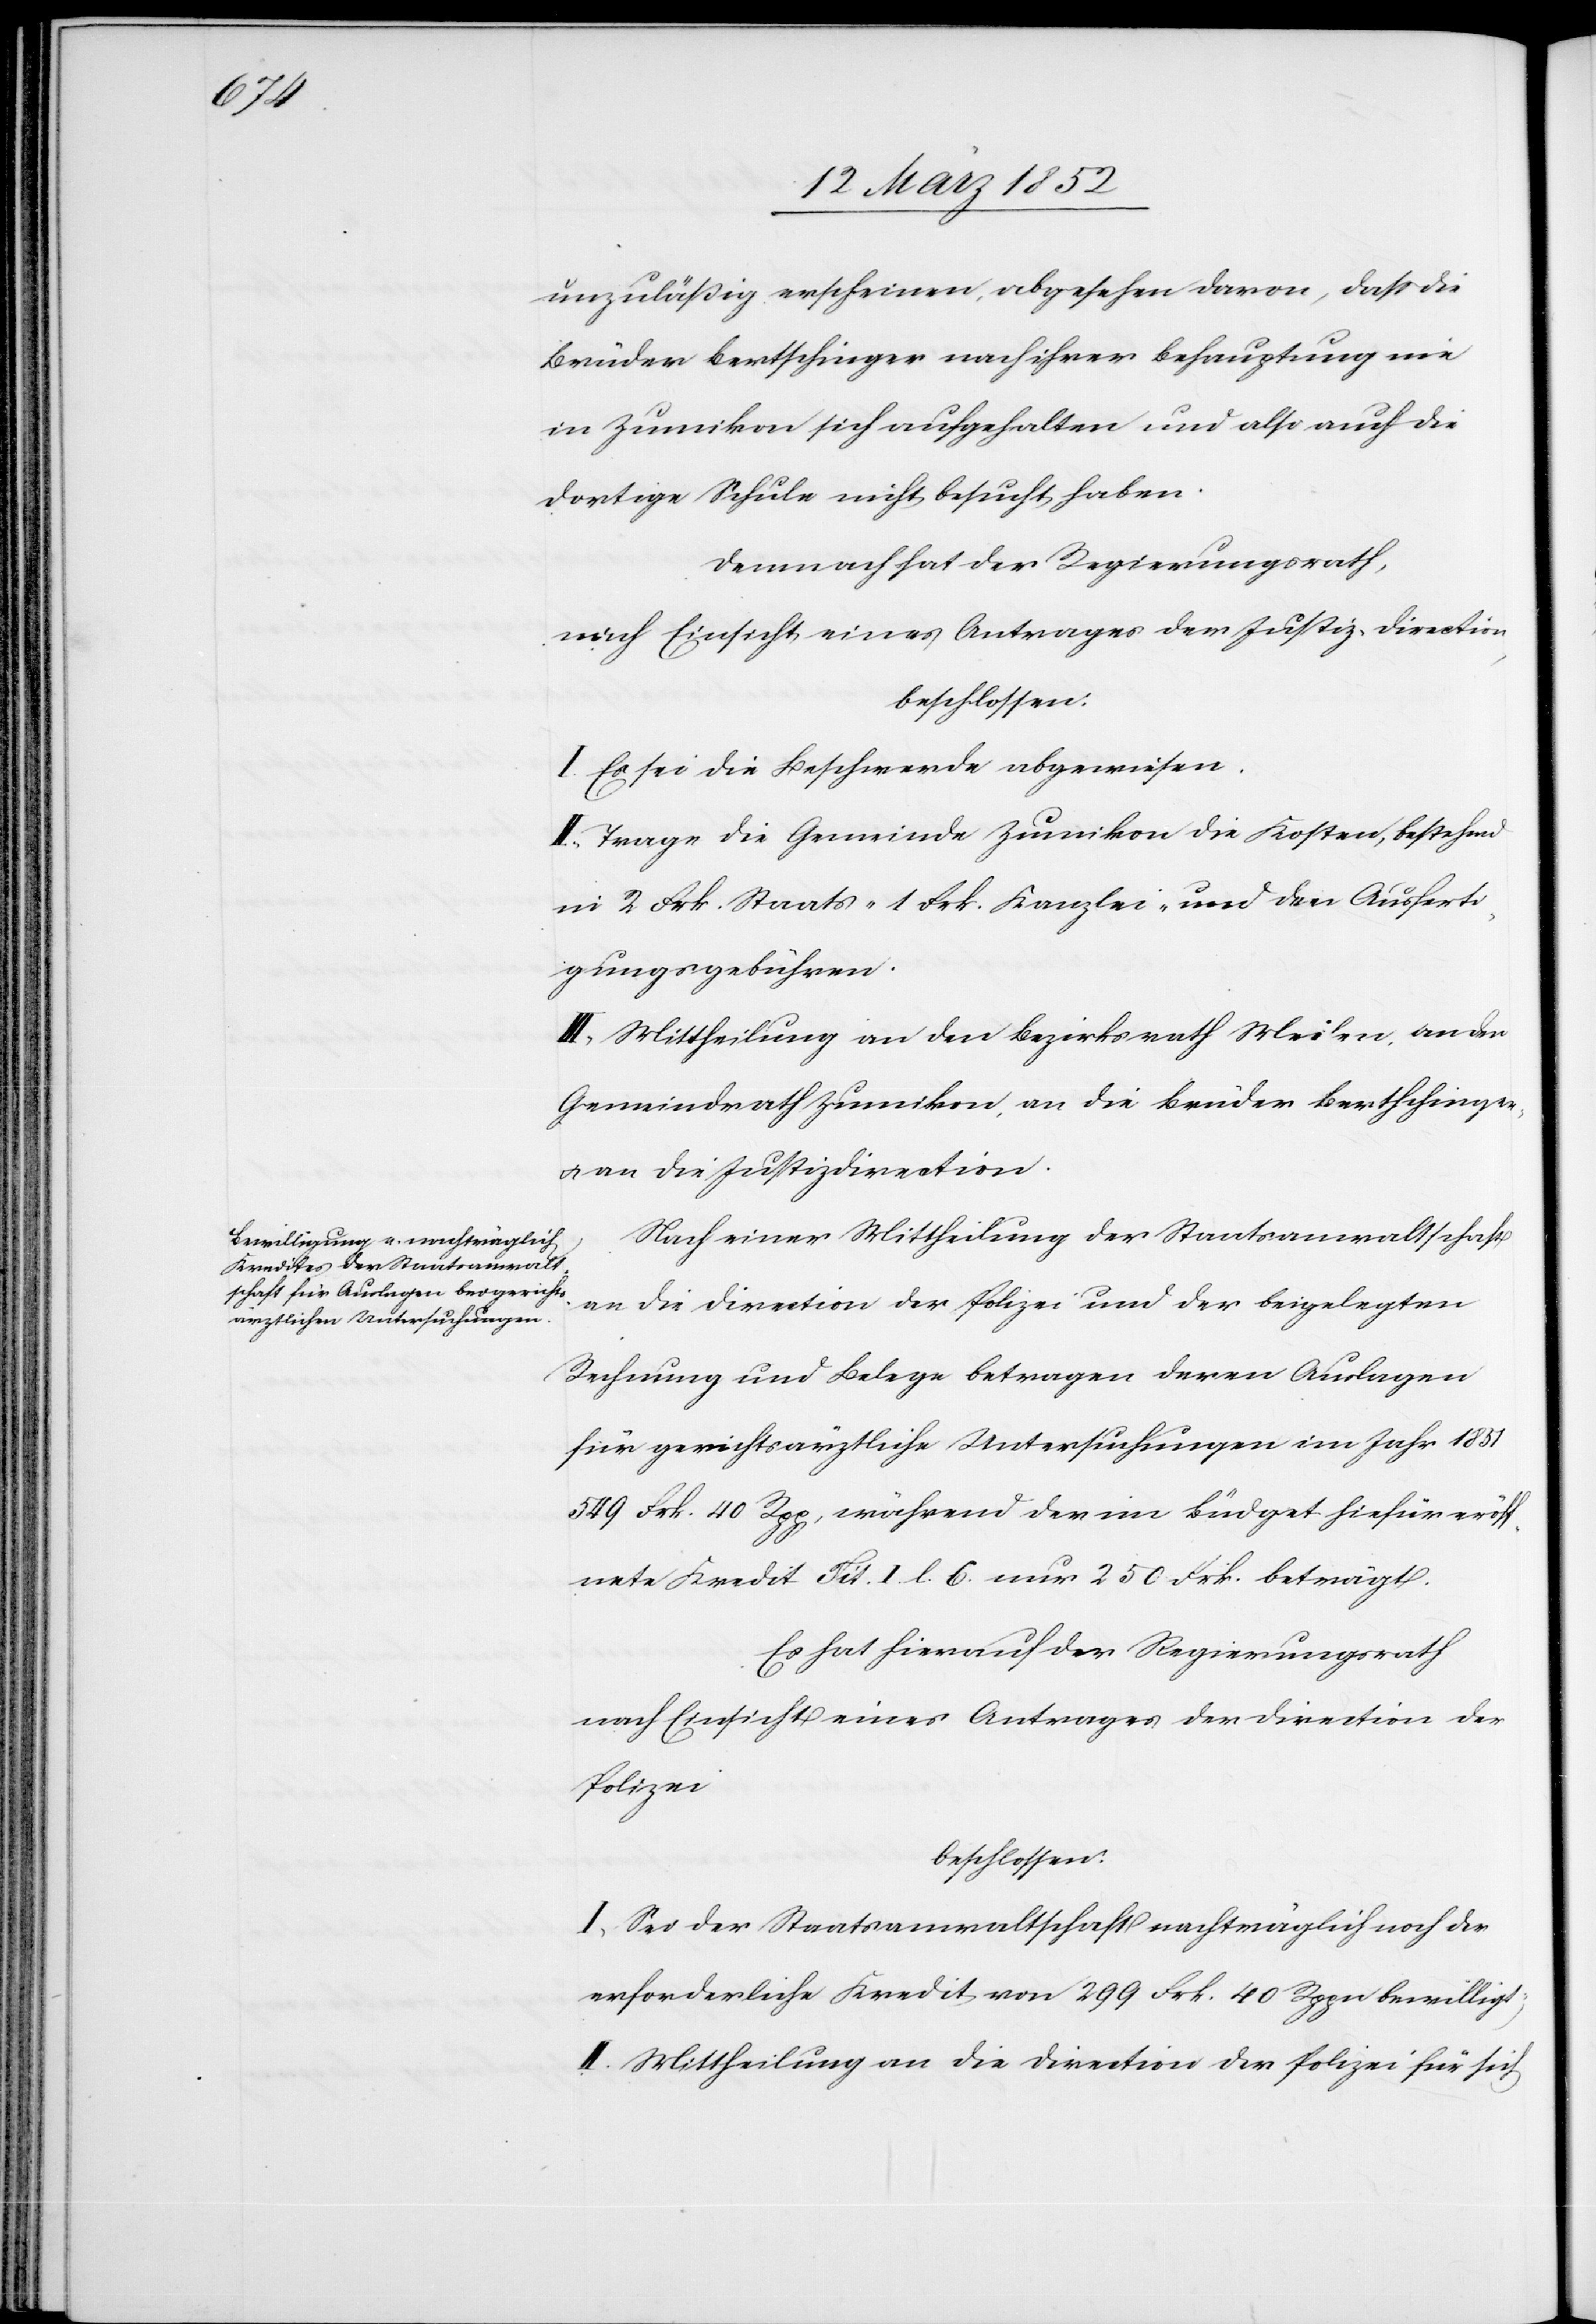
unzuläßig erscheinen, abgesehen davon, daß die
Brüder Bertschinger nach ihrer Behauptung nie
in Zumikon sich aufgehalten und also auch die
dortige Schule nicht besucht haben.
Demnach hat der Regierungsrath,
nach Einsicht eines Antrages der Justiz-Direction,
beschlossen.
I. Es sei die Beschwerde abgewiesen.
II. Trage die Gemeinde Zumikon die Kosten, bestehend
in 2 Frk. Staats- 1 Frk. Kanzlei- und den Ausferti¬
gungsgebühren.
III. Mittheilung an den Bezirksrath Meilen, an den
Gemeindrath Zumikon, an die Brüder Bertschinger,
u. an die Justizdirektion.
Nach einer Mittheilung der Staatsanwaltschaft
an die Direction der Polizei und der beigelegten
Rechnung und Belege betragen deren Auslagen
für gerichtsärztliche Untersuchungen im Jahr 1851
549 Frk. 40 Rpp, während der im Büdget hiefür eröff¬
nete Kredit Tit. I. l. 6. nur 250 Frk. beträgt.
Es hat hierauf der Regierungsrath
nach Einsicht eines Antrages der Direction der
Polizei
beschlossen.
I. Sei der Staatsanwaltschaft nachträglich noch der
erforderliche Kredit von 299 Frk. 40 Rppn bewilligt,
II. Mittheilung an die Direction der Polizei für sich